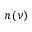
n ( \nu )